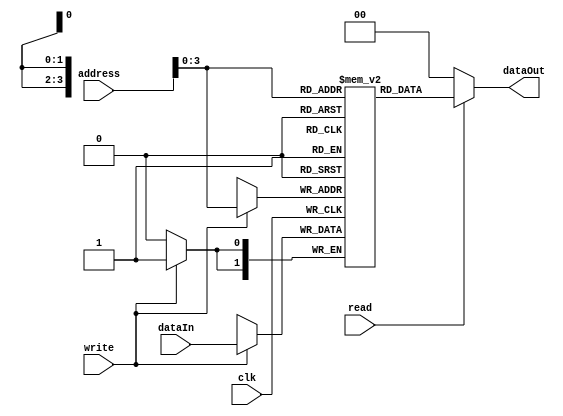
module testDataModule(clk,dataIn,address,read,write,dataOut);
input signed [1:0]  dataIn;
output signed [1:0] dataOut;
input clk;
input [8:0]address;
input read;
input write;
reg signed [1:0] memory[0:10];
wire signed [1:0] dataOut;
assign dataOut=read?memory[address]:2'b0;
always@(posedge clk)
	
	begin
	if(write)
		//memory[address]<=dataIn;//
		memory[address]<=dataIn;
	end
endmodule